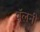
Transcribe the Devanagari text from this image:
बॅलनी